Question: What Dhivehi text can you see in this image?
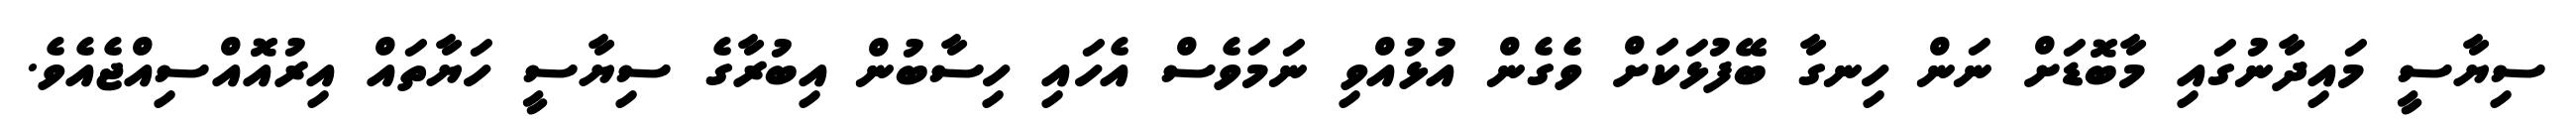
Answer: ސިޔާސީ މައިދާނުގައި މާބޮޑަށް ނަން ހިނގާ ބޭފުޅަކަށް ވެގެން އުޅުއްވި ނަމަވެސް އެހައި ހިސާބުން އިބުރާގެ ސިޔާސީ ހަޔާތައް އިރުއޮއްސިއްޖެއެވެ.